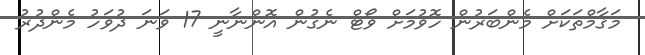
މަޤާމްތަކަށް މެންބަރުން ހޮވުމަށް ވޯޓް ނެގުން އޮންނާނީ 17 ވަނަ ދުވަހު މެންދުރު